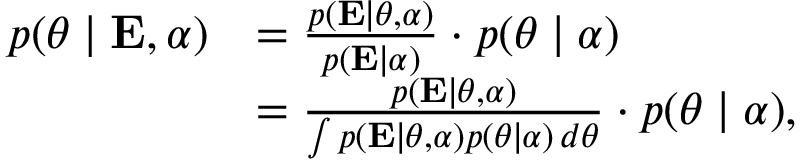
{ \begin{array} { r l } { p ( { \boldsymbol { \theta } } \mid \mathbf { E } , { \boldsymbol { \alpha } } ) } & { = { \frac { p ( \mathbf { E } \mid { \boldsymbol { \theta } } , { \boldsymbol { \alpha } } ) } { p ( \mathbf { E } \mid { \boldsymbol { \alpha } } ) } } \cdot p ( { \boldsymbol { \theta } } \mid { \boldsymbol { \alpha } } ) } \\ & { = { \frac { p ( \mathbf { E } \mid { \boldsymbol { \theta } } , { \boldsymbol { \alpha } } ) } { \int p ( \mathbf { E } \mid { \boldsymbol { \theta } } , { \boldsymbol { \alpha } } ) p ( { \boldsymbol { \theta } } \mid { \boldsymbol { \alpha } } ) \, d { \boldsymbol { \theta } } } } \cdot p ( { \boldsymbol { \theta } } \mid { \boldsymbol { \alpha } } ) , } \end{array} }